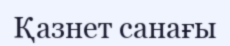
Қазнет санағы